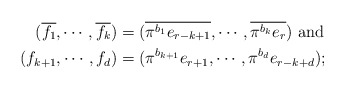
\begin{align*}(\overline{f_1},\cdots,\overline{f_k}) & = (\overline{\pi^{b_1}e_{r-k+1}},\cdots,\overline{\pi^{b_k}e_r}) \textrm{ and }\\(f_{k+1},\cdots,f_{d}) & = (\pi^{b_{k+1}}e_{r+1},\cdots, \pi^{b_d}e_{r-k+d});\end{align*}